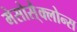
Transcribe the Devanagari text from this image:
मेसोसै्क्लोन्स